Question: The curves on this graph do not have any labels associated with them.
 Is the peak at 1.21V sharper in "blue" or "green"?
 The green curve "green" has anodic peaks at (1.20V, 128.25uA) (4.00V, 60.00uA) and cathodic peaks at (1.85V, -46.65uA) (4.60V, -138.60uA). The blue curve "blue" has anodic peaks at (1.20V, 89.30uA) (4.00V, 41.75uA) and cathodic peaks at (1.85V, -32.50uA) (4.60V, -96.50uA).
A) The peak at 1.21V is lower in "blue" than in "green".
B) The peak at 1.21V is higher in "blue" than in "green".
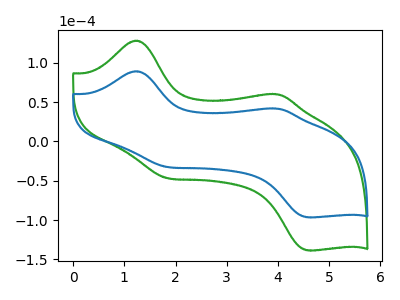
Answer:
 <answer>A) The peak at 1.21V is lower in "blue" than in "green".</answer>
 <eval>A</eval>